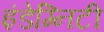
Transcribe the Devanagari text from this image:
इंडेम्निटी